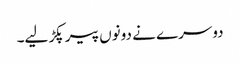
دوسرے نے دونوں پیر پکڑ لیے۔